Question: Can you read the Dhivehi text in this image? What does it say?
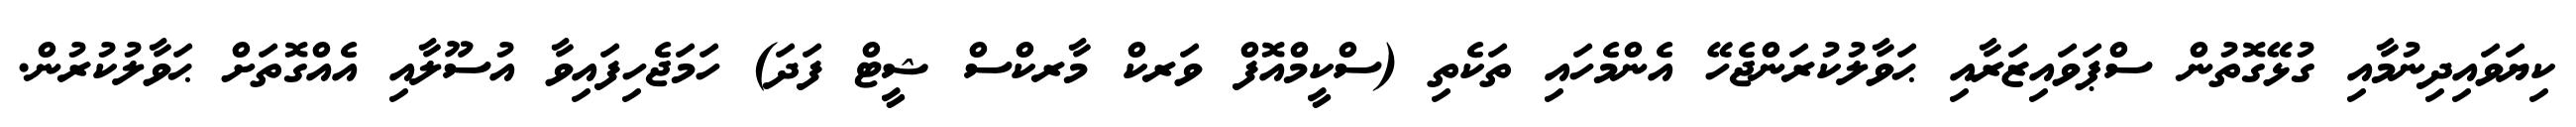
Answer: ކިޔަވައިދިނުމާއި ގުޅޭގޮތުން ސްޕަވައިޒަރާއި ޙަވާލުކުރަންޖެހޭ އެންމެހައި ތަކެތި (ސްކީމްއޮފް ވަރކް މާރކްސް ޝީޓް ފަދަ) ހަމަޖެހިފައިވާ އުސޫލާއި އެއްގޮތަށް ޙަވާލުކުރުން.